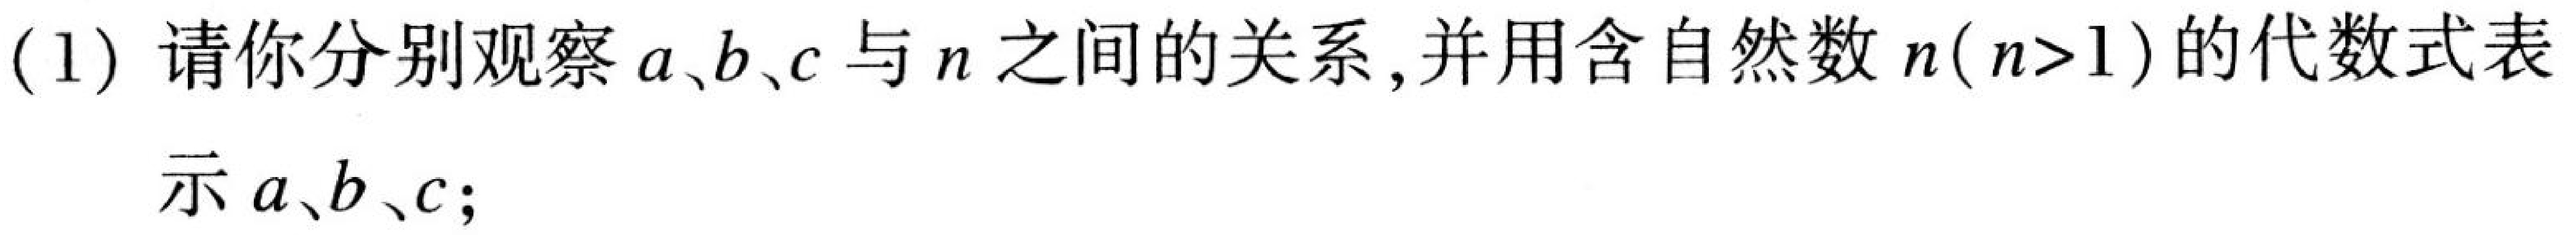
(1) 请你分别观察\(a、b、c\)与\(n\)之间的关系，并用含自然数\(n(n > 1)\)的代数式表
示\(a、b、c\)；